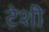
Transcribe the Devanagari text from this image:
टेशी